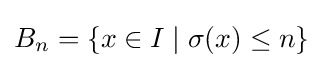
B_{n}=\{x\in I\mid \sigma (x)\leq n\}